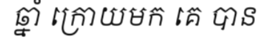
ឆ្នាំ ក្រោយមក គេ បាន